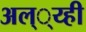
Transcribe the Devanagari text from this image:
अल््य्ही